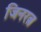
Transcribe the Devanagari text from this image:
जिनरत्न